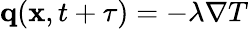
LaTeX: \mathbf q(\mathbf x,t+\tau)=-\lambda\nabla T